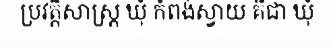
ប្រវត្តិសាស្ត្រ ឃុំ កំពង់ស្វាយ គឺជា ឃុំ